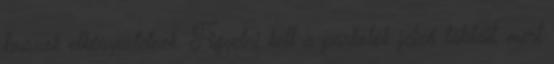
buszok elkényeztetnek. Figyelni kell a parkolók jelző tábláit, mert